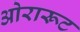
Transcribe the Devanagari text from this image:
ओरारूट